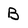
Character: B